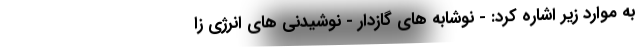
به موارد زیر اشاره کرد: - نوشابه های گازدار - نوشیدنی های انرژی زا